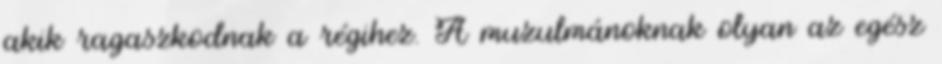
akik ragaszkodnak a régihez. A muzulmánoknak olyan az egész